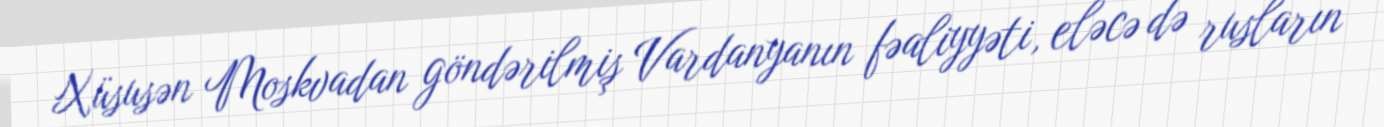
Xüsusən Moskvadan göndərilmiş Vardanyanın fəaliyyəti, eləcə də rusların